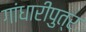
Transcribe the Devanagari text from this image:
गांधारीपुत्र